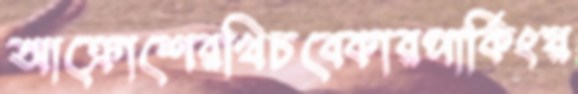
আক্রোশেরখিচবেকারপার্কিংয়